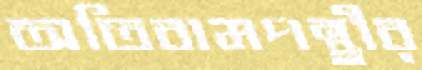
অতিবামপন্থীর